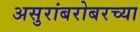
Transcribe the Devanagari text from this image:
असुरांबरोबरच्या